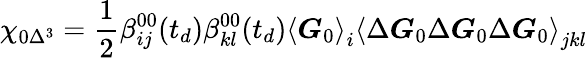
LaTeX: \chi_{0\Delta^{3}}=\frac{1}{2}\beta_{ij}^{00}(t_{d})\beta_{kl}^{00}(t_{d})\left\langle\boldsymbol{G}_{0}\right\rangle_{i}\left\langle\Delta\boldsymbol{G}_{0}\Delta\boldsymbol{G}_{0}\Delta\boldsymbol{G}_{0}\right\rangle_{jkl}